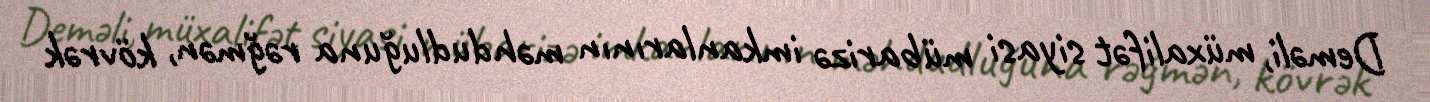
Deməli, müxalifət siyasi mübarizə imkanlarının məhdudluğuna rəğmən, kövrək